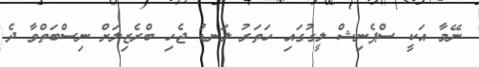
ނޭމާ އަކީ ސްޕެނިޝް ލީގުގައި ހަތަރު ލަނޑު ޖެހި ބްރެޒިލަށް ނިސްބަތްވާ ދެ